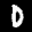
Label: 0